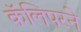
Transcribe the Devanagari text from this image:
कॅलिपरने